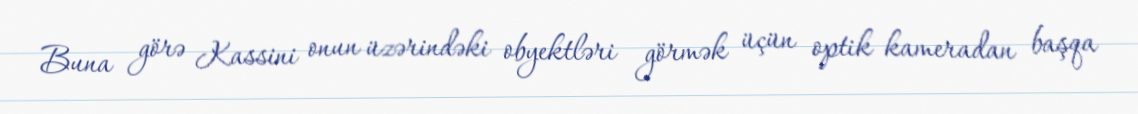
Buna görə Kassini onun üzərindəki obyektləri görmək üçün optik kameradan başqa